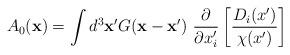
LaTeX: \begin{align*}A_{0}({\bf x})=\int d^{3}{\bf x}^{\prime} G({\bf x}-{\bf x}')~ \frac{\partial}{\partial x'_{i}}\left[\frac{D_{i}(x')}{\chi(x')}\right]\end{align*}